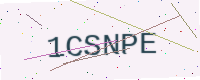
Text: 1CSNPE